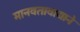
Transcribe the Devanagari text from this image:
मानवतावाद्याने